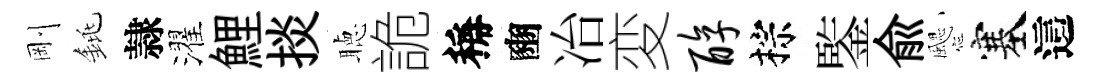
剛銚隷濯鯉掞聴詭稱豳冶変醇棕鍳俞颸塞這